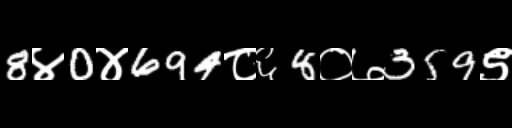
Text: 8४0४694८६8०७359९